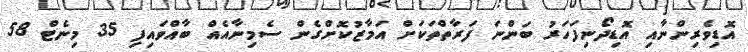
އޮޑިވެރިންނާއި އޮޑިދޯނިފަހަރު ބަންނަ ފަރާތްތަކަށް އަމާޒުކޮށްގެން ސެމިނާއެއް ބާއްވައިފި 35 މިނެޓް 58